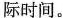
际时间。